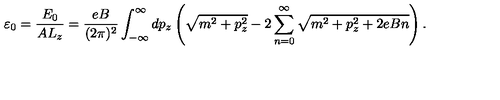
\varepsilon _ { 0 } = \frac { E _ { 0 } } { A L _ { z } } = \frac { e B } { ( 2 \pi ) ^ { 2 } } \int _ { - \infty } ^ { \infty } d p _ { z } \left( \sqrt { m ^ { 2 } + p _ { z } ^ { 2 } } - 2 \sum _ { n = 0 } ^ { \infty } \sqrt { m ^ { 2 } + p _ { z } ^ { 2 } + 2 e B n } \right) .